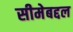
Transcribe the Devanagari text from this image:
सीमेबद्दल